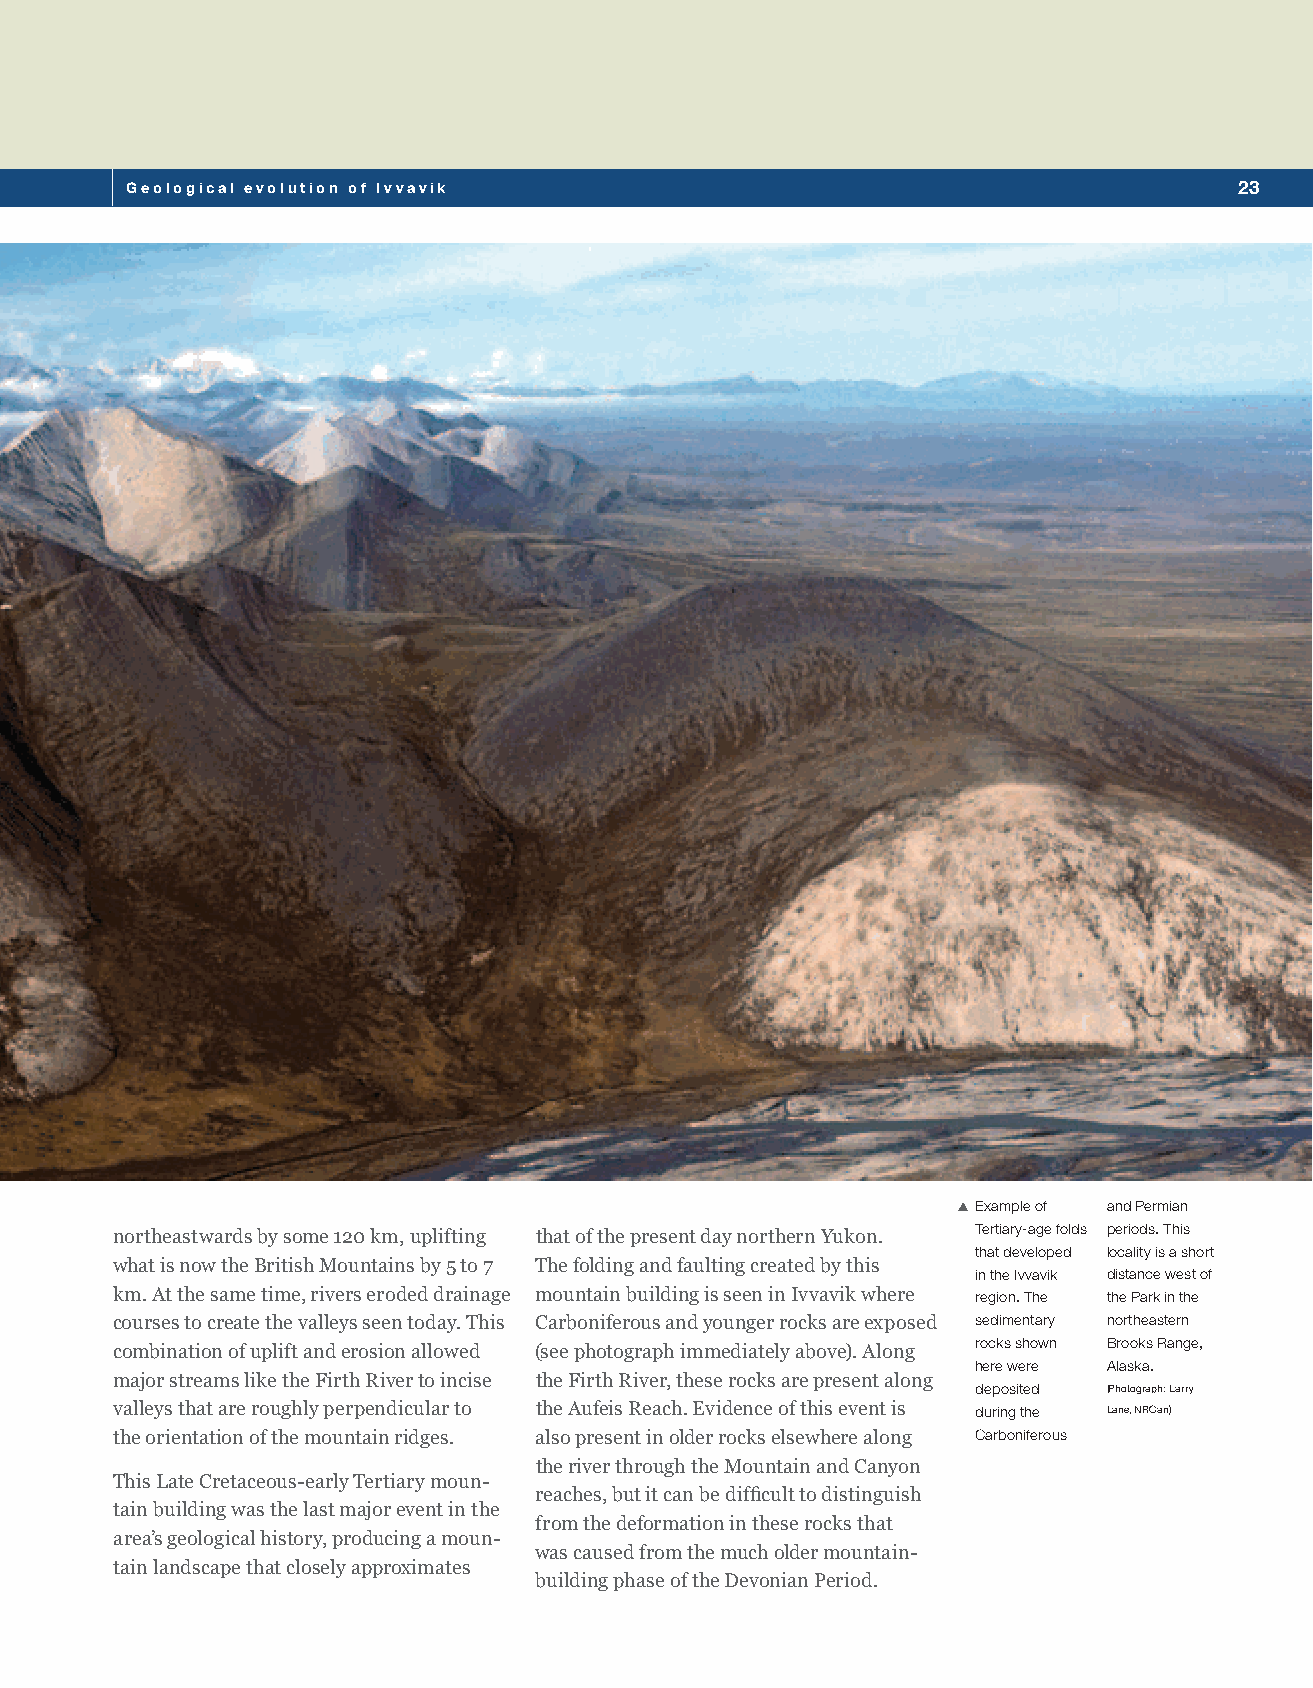
Geological evolution of Ivvavik                                           23
 SXExample of and Permian
 Tertiary-age folds periods. This
 northeastwards by some 120 km, uplifting that of the present day northern Yukon.
 that developed locality is a short
 what is now the British Mountains by 5 to 7 The folding and faulting created by this
 in the Ivvavik distance west of
 km. At the same time, rivers eroded drainage mountain building is seen in Ivvavik where region. The the Park in the
 courses to create the valleys seen today. This Carboniferous and younger rocks are exposed sedimentary northeastern
 rocks shown Brooks Range,
 combination of uplift and erosion allowed (see photograph immediately above). Along
 here were Alaska.
 major streams like the Firth River to incise the Firth River, these rocks are present along
 deposited (Photograph: Larry
 valleys that are roughly perpendicular to the Aufeis Reach. Evidence of this event is during the Lane, NRCan)
 the orientation of the mountain ridges. also present in older rocks elsewhere along Carboniferous
 the river through the Mountain and Canyon
 This Late Cretaceous-early Tertiary moun-
 reaches, but it can be difficult to distinguish
 tain building was the last major event in the
 from the deformation in these rocks that
 area’s geological history, producing a moun-
 was caused from the much older mountain-
 tain landscape that closely approximates
 building phase of the Devonian Period.